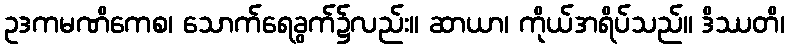
ဥဒကမဏိကေစ၊ သောက်ရေခွက်၌လည်း။ ဆာယာ၊ ကိုယ်အရိပ်သည်။ ဒိဿတိ၊